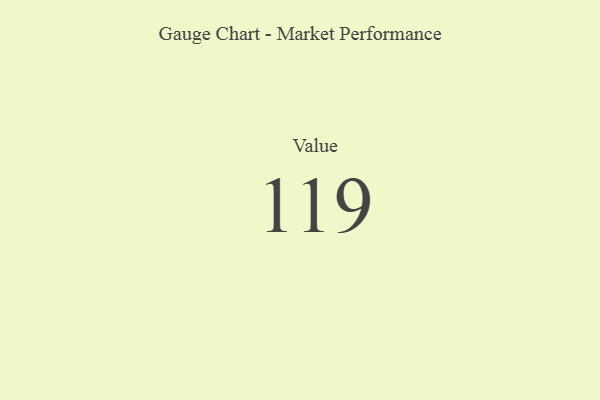
{"axis": {"x": "Metric", "y": "Value"}, "legend": [""], "data": [{"x": "Value", "y": 119, "type": ""}]}